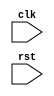
module pcie_controller(
    input wire clk,
    input wire rst,
    // Add input and output ports as necessary for data transmission and control signals
    
    // Insert timing control and synchronization blocks here
    
    );

// Insert code for generating clock signals

// Insert code for controlling data transmission timings

// Insert code for managing flow of data between components

// Insert code for error detection and correction mechanisms

// Insert code for interfacing with PCI Express devices

endmodule